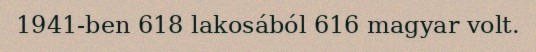
1941-ben 618 lakosából 616 magyar volt.